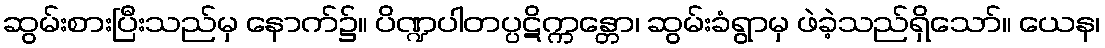
ဆွမ်းစားပြီးသည်မှ နောက်၌။ ပိဏ္ဍပါတပ္ပဋိက္ကန္တော၊ ဆွမ်းခံရွာမှ ဖဲခဲ့သည်ရှိသော်။ ယေန၊